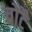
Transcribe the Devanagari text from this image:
चोटै